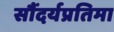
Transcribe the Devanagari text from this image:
सौंदर्यप्रतिमा